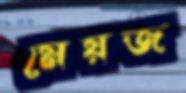
মেয়জ